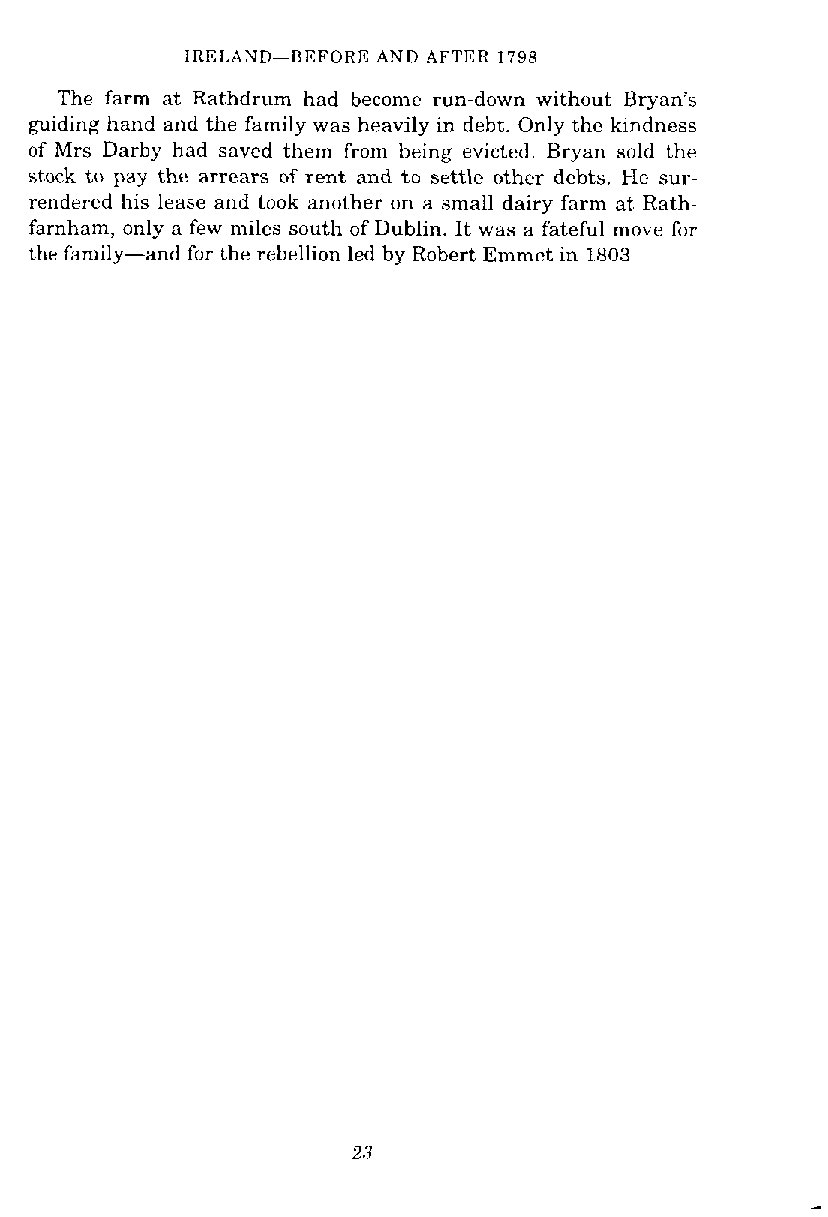
IRELAND-BEFORE AND AFTER 1798
 The farm at Rathdrum had become run-down without Bryan's
 guiding hand and the family was heavily in debt. Only the kindness
 of Mrs Darby had saved them from being evicted. Bryan sold the
 stock to pay the arrears of rent and to settle other debts. He sur-
 rendered his lease and took another on a small dairy farm at Rath-
 farnham, only a few miles south of Dublin. It was a fateful move for
 the family-and for the rebellion led by Robert Emmet in 1803